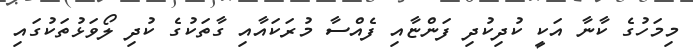
މިމަހުގެ ކާނާ އަކީ ކުދިކުދި ފަންޏާއި ފެއްސާ މުރަކައާއި ގާތަކުގެ ކުދި ލޯވަޅުތަކުގައި